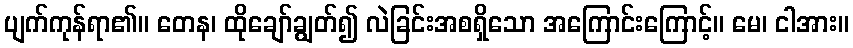
ပျက်ကုန်ရာ၏။ တေန၊ ထိုချော်ချွတ်၍ လဲခြင်းအစရှိသော အကြောင်းကြောင့်။ မေ၊ ငါအား။